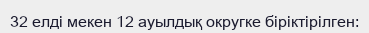
32 елді мекен 12 ауылдық округке біріктірілген: